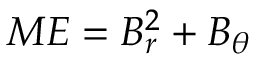
M E = B _ { r } ^ { 2 } + B _ { \theta }